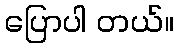
ပြောပါ တယ်။